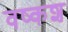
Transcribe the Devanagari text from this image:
वष्कश